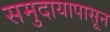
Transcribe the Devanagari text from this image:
समुदायापासून